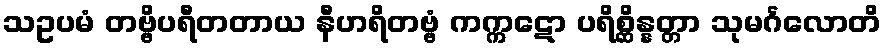
သဥပမံ တဗ္ဗိပရီတတာယ နီဟရိတဗ္ဗံ ကက္ကဋော ပရိစ္ဆိန္နတ္တာ သုမင်္ဂလောတိ